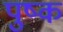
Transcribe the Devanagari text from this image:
पुष्क